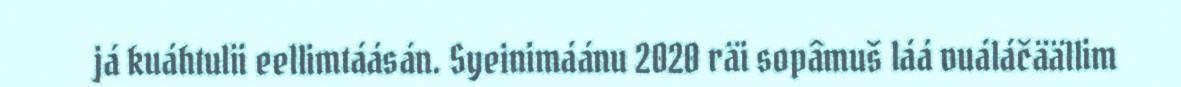
já kuáhtulii eellimtáásán. Syeinimáánu 2020 räi sopâmuš láá vuáláčäällim